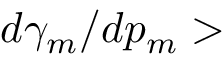
d \gamma _ { m } / d p _ { m } >